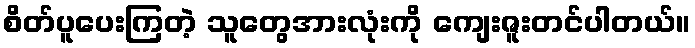
စိတ်ပူပေးကြတဲ့ သူတွေအားလုံးကို ကျေးဇူးတင်ပါတယ်။